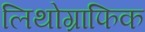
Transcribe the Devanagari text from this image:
लिथोग्राफिक